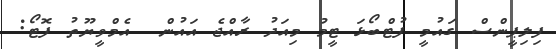
ފިލިޕީންސް ގައުމީ ފުޓްބޯޅަ ޓީމު މިއަދު ރާއްޖެ އައުން  އެމްވީޔޫތު ފޮޓޯ: